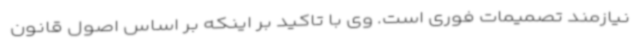
نیازمند تصمیمات فوری است. وی با تاکید بر اینکه بر اساس اصول قانون